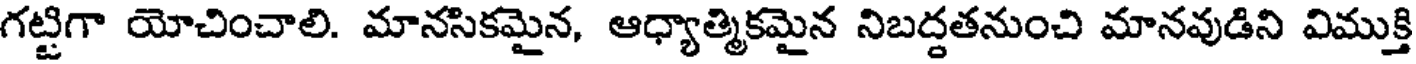
గట్టిగా యోచించాలి. మానసికమైన, ఆధ్యాత్మికమైన నిబద్దతనుంచి మానవుడిని విముక్తి